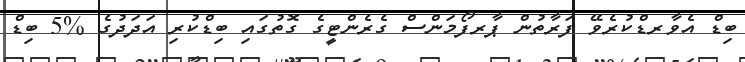
ބިޑް އެވާރޑްކުރެވޭ ފަރާތުން ޕާރފޯމަންސް ގެރެންޓީގެ ގޮތުގައި ބިޑްކުރި އަދަދުގެ %5 ބިޑް